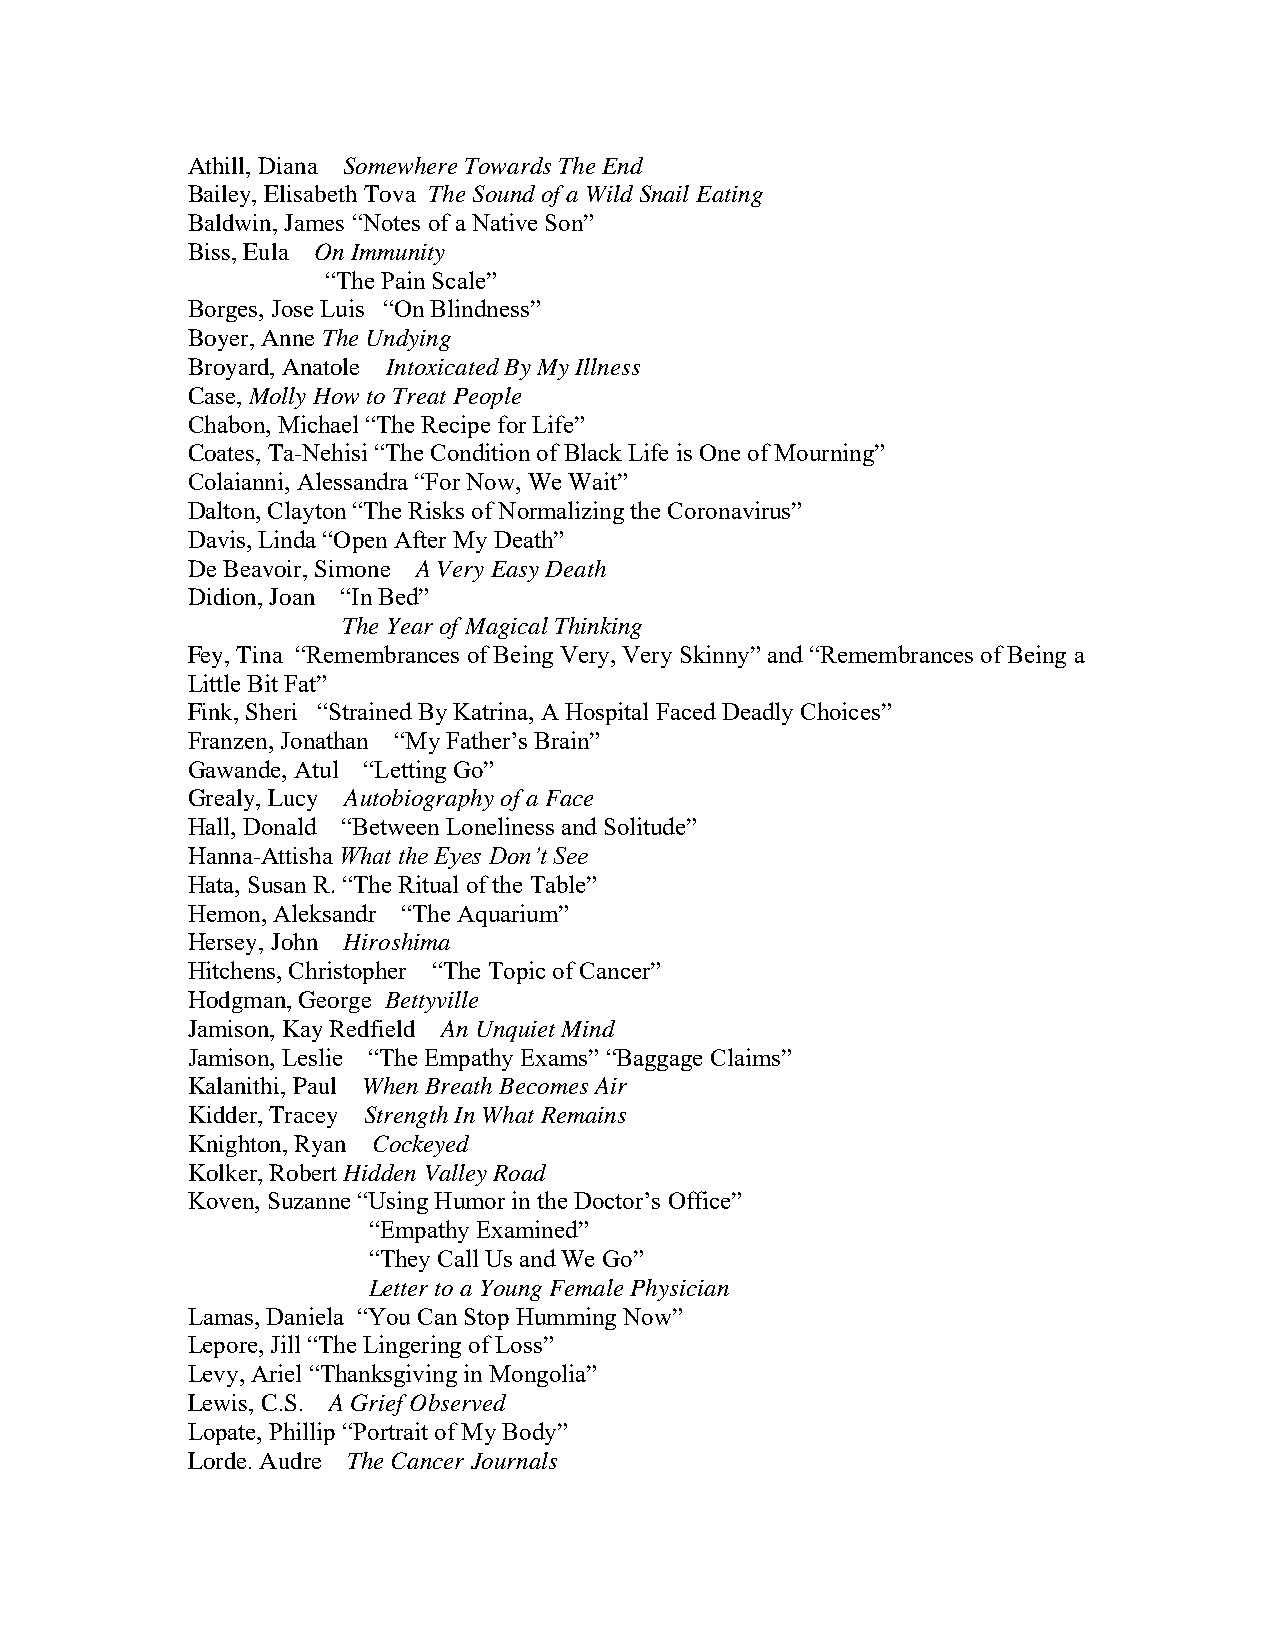
Athill, Diana Somewhere Towards The End
 Bailey, Elisabeth Tova The Sound of a Wild Snail Eating
 Baldwin, James “Notes of a Native Son”
 Biss, Eula On Immunity
 “The Pain Scale”
 Borges, Jose Luis “On Blindness”
 Boyer, Anne The Undying
 Broyard, Anatole Intoxicated By My Illness
 Case, Molly How to Treat People
 Chabon, Michael “The Recipe for Life”
 Coates, Ta-Nehisi “The Condition of Black Life is One of Mourning”
 Colaianni, Alessandra “For Now, We Wait”
 Dalton, Clayton “The Risks of Normalizing the Coronavirus”
 Davis, Linda “Open After My Death”
 De Beavoir, Simone A Very Easy Death
 Didion, Joan “In Bed”
 The Year of Magical Thinking
 Fey, Tina “Remembrances of Being Very, Very Skinny” and “Remembrances of Being a
 Little Bit Fat”
 Fink, Sheri “Strained By Katrina, A Hospital Faced Deadly Choices”
 Franzen, Jonathan “My Father’s Brain”
 Gawande, Atul “Letting Go”
 Grealy, Lucy Autobiography of a Face
 Hall, Donald “Between Loneliness and Solitude”
 Hanna-Attisha What the Eyes Don’t See
 Hata, Susan R. “The Ritual of the Table”
 Hemon, Aleksandr “The Aquarium”
 Hersey, John Hiroshima
 Hitchens, Christopher “The Topic of Cancer”
 Hodgman, George Bettyville
 Jamison, Kay Redfield An Unquiet Mind
 Jamison, Leslie “The Empathy Exams” “Baggage Claims”
 Kalanithi, Paul When Breath Becomes Air
 Kidder, Tracey Strength In What Remains
 Knighton, Ryan Cockeyed
 Kolker, Robert Hidden Valley Road
 Koven, Suzanne “Using Humor in the Doctor’s Office”
 “Empathy Examined”
 “They Call Us and We Go”
 Letter to a Young Female Physician
 Lamas, Daniela “You Can Stop Humming Now”
 Lepore, Jill “The Lingering of Loss”
 Levy, Ariel “Thanksgiving in Mongolia”
 Lewis, C.S. A Grief Observed
 Lopate, Phillip “Portrait of My Body”
 Lorde. Audre The Cancer Journals